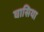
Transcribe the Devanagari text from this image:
घासिया